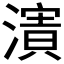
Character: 𱨽